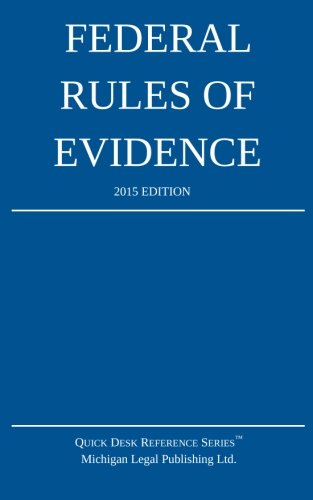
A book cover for Federal Rules of Evidence; 2015 Edition; Michigan Legal Publishing Ltd.; Law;